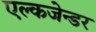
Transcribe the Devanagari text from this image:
एल्कजेन्डर